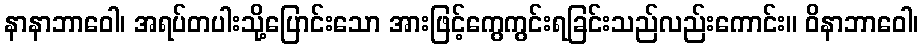
နာနာဘာဝေါ၊ အရပ်တပါးသို့ပြောင်းသော အားဖြင့်ကွေကွင်းရခြင်းသည်လည်းကောင်း။ ဝိနာဘာဝေါ၊